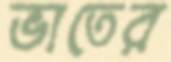
ভাতের